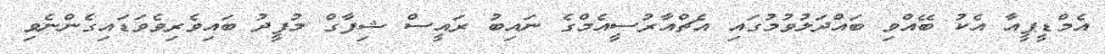
އެމްޑީޕީއާ އެކު ބޭއްވި ބައްދަލުވުމުގައި އެޗްއާރުސީއެމްގެ ނައިބު ރައީސް ޝިފާގް މުފީދު ބައިވެރިވެވަޑައިގެންނެވި